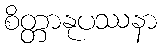
စိတ္တာနုပဿနာ